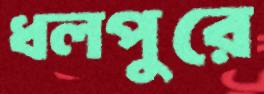
ধলপুরে